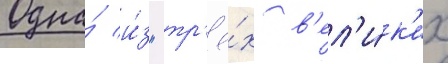
Одна́ и́з "тр'ё́х в'ел'и́к'их